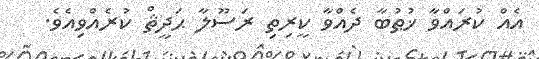
އެއް ކުރައްވާ ޚުޠުބާ ދެއްވާ ކީރިތި ރަސޫލާ ޙަދީޘް ކުރެއްވިއެވެ.